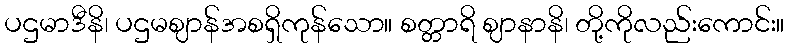
ပဌမာဒီနိ၊ ပဌမဈာန်အစရှိကုန်သော။ စတ္တာရိ ဈာနာနိ၊ တို့ကိုလည်းကောင်း။